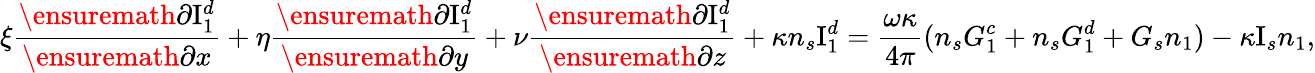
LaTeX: \xi\frac{\ensuremath{\partial}\mathrm{I}_{1}^{d}}{\ensuremath{\partial}x}+\eta\frac{\ensuremath{\partial}\mathrm{I}_{1}^{d}}{\ensuremath{\partial}y}+\nu\frac{\ensuremath{\partial}\mathrm{I}_{1}^{d}}{\ensuremath{\partial}z}+\kappa n_{s}\mathrm{I}_{1}^{d}=\frac{\omega\kappa}{4\pi}(n_{s}G_{1}^{c}+n_{s}G_{1}^{d}+G_{s}n_{1})-\kappa\mathrm{I}_{s}n_{1},